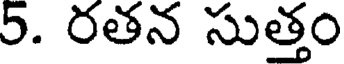
5. రతన సుత్తం